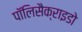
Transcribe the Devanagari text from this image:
पॉलिसैक्राइडो